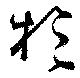
於